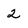
Character: 2